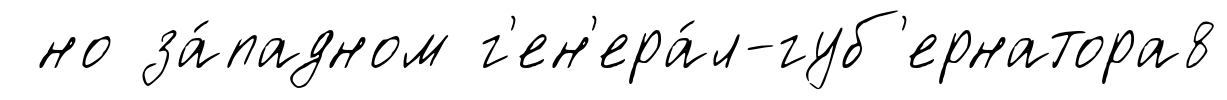
но за́падном г'ен'ера́л-губ'ернатора8